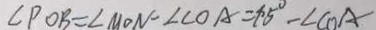
\angle P O B = \angle M O N - \angle C O A = 4 5 ^ { \circ } - \angle C O A